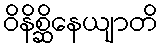
ဝိနိစ္ဆိနေယျာတိ